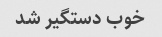
خوب دستگیر شد